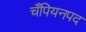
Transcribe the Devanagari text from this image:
चँपियनपद